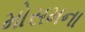
મોસમના